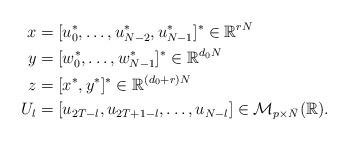
LaTeX: \begin{align*} x &= [u^*_0,\dots,u^*_{N-2},u^*_{N-1}]^* \in \mathbb{R}^{rN}\\ y &= [w_0^*,\dots,w^*_{N-1}]^* \in \mathbb{R}^{d_0N}\\ z &= [x^*,y^*]^* \in \mathbb{R}^{(d_0+r)N}\\ U_l &= [u_{2T-l},u_{2T+1-l},\dots,u_{N-l}] \in \mathcal{M}_{p \times \bar{N} }(\mathbb{R}).\end{align*}